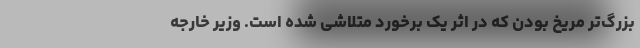
بزرگ‌تر مریخ بودن که در اثر یک برخورد متلاشی شده است. وزیر خارجه